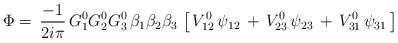
LaTeX: \begin{align*}\Phi=\,{-1\over2i\pi}\,G^0_1G^0_2G^0_3\,\beta_1\beta_2\beta_3\,\left[\,V^0_{12}\,\psi_{12}\,+\,V^0_{23}\,\psi_{23}\,+\,V^0_{31}\,\psi_{31}\,\right]\end{align*}